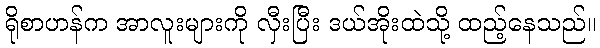
ရိုစာဟန်က အာလူးများကို လှီးပြီး ဒယ်အိုးထဲသို့ ထည့်နေသည်။